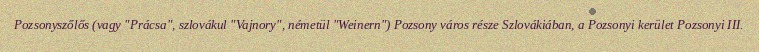
Pozsonyszőlős (vagy "Prácsa", szlovákul "Vajnory", németül "Weinern") Pozsony város része Szlovákiában, a Pozsonyi kerület Pozsonyi III.